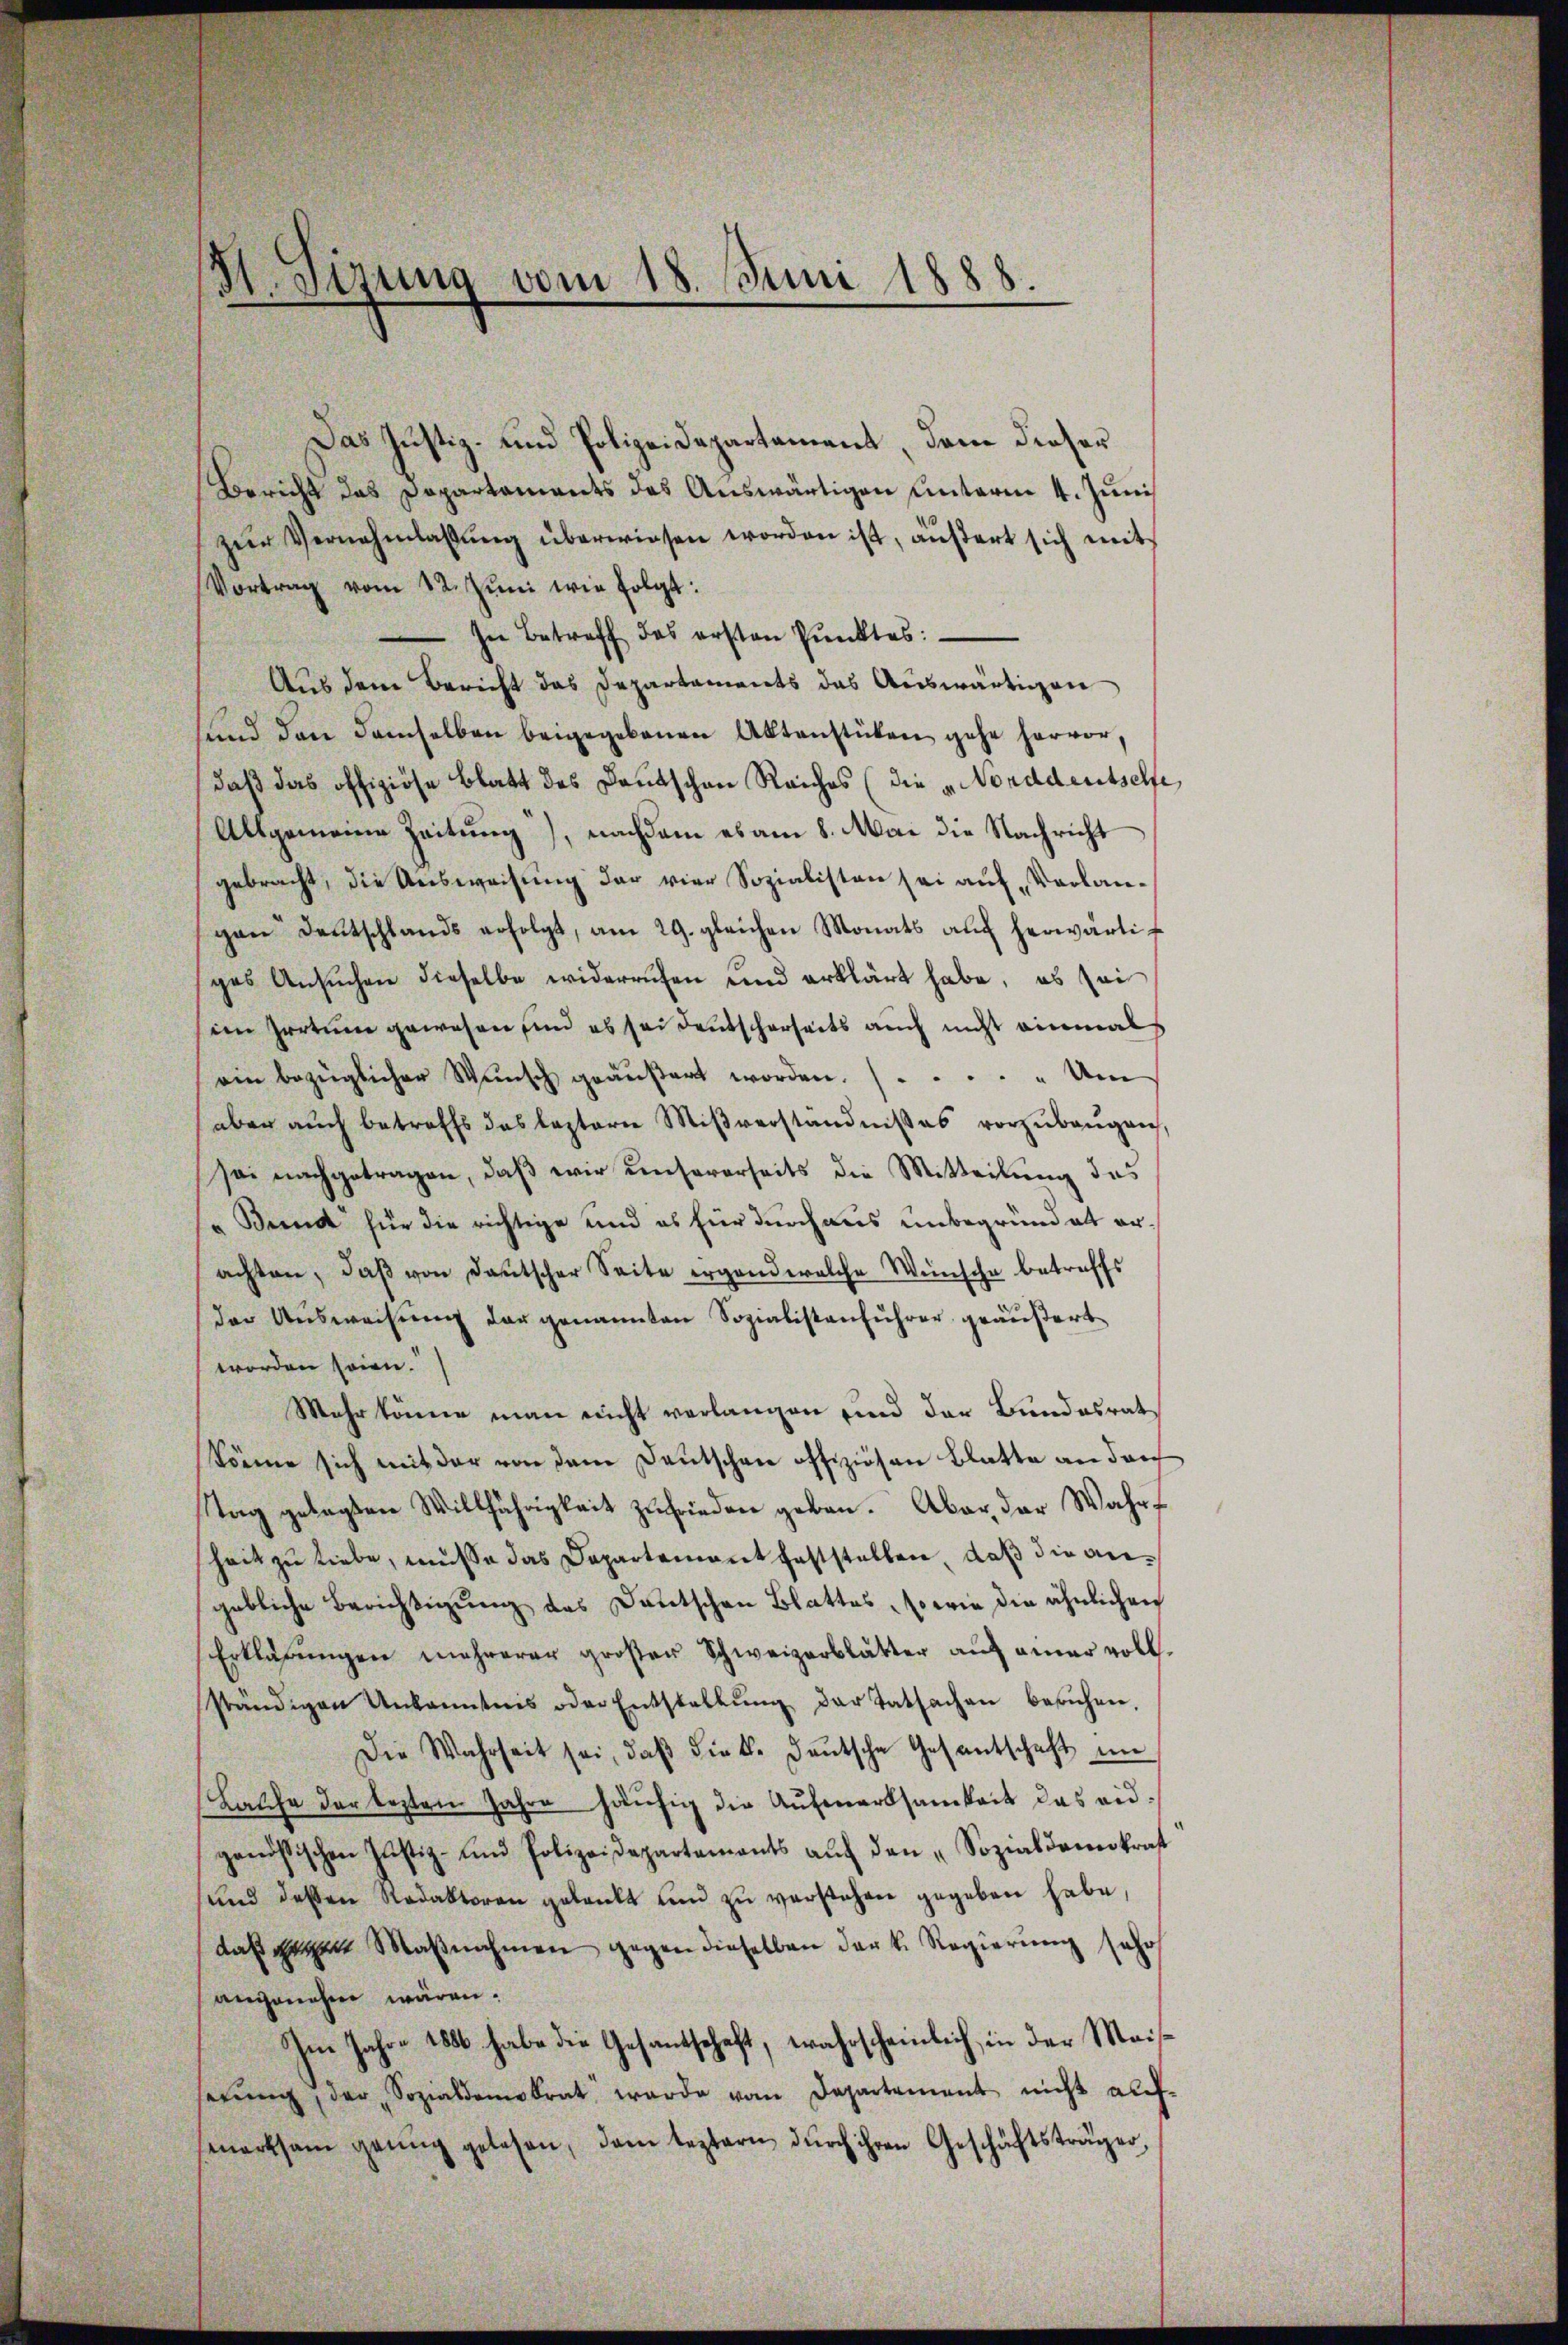
St.sizung vom 18. Juni 1888.

Das Justiz- und Polizeidepartement, dem dieser
Bericht das Departaments des Auswärtigen unterm 4. Juni
zŭr Vernehmlassŭng überwiesen worden ist, äußert sich mit
Vortrag vom 12. Juni wie folgt:
 In Betreff das ersten Punktes:
Aus dem Bericht das Departaments das Auswärtigen
sund den demselben beigegebenen Aktenstücken gehe hervor,
daß das offiziöse Blatt des Deutschen Reiches (die vorddeutsche,
Allgemeine Zeitung), nachdem es am 8. Mai die Nachricht
gebracht, die Ausweisung der vier Sozialisten sei auf Vorlangen Deutschlands erfolgt, am 29. gleichen Monats auch herwärtif
ges Ansŭchen dieselbe widerrufen und erklärt habe, es sei
im Irrtum gewesen sind es sei deutscherseits auch nicht einmal
ein bezüglicher Wŭnsch geäŭβert worden. ..... Um
aber aŭch betreffs das leztere Miβverständnißes vorzŭbeŭgen,
sei nachgetragen, daß wir unsererseits die Mitteilung des
" Bund für die richtige und es für durchaus unbegründet erachten, daβ von deutscher Seite ergand welche Wünsche betreffs
der Ausweisung der genannten Sozialistenfuhrer geäußert
worden seien.
Mehr könne man nicht verlangen sind der Bundesrat
könne sich mit der von dem Deutschen offiziösen Blatte an den
Tag gelegten Willjährigkeit zufrieden geben. Aber der Wahrf
heit zu liebe, müsse das Departement feststellen, daß die angebliche Berichtigung des Deutschen Blattes, so wie die ähnlichen
Erklärŭngen mehrerer großer Schweizerblätter auf einer vollständigen Unkanntnis oder Entstellŭng der Tatsachen besichen,
Die Wahrheit sei, daβ die k. deutsche Gesantschaft im
Lasche der lezten Jahre häufig die Aufmerksamkeit das eidgenössischen Justiz- und Polizeidepartements aŭf den „Sozialdemokrat
sund dessen Redaktoren gelenkt ŭm zŭ verstehen gegeben habe,
daß dem Maβnahmen gegen dieselben der k. Regierŭng sehr
angenehm wären.
Im Jahre 1886 habe die Gesantschaft, wahrscheinlich, in der Meisserŭng, der Sozialdemokrat werde vom Departement nicht aŭf-
merksam genug gelesen, dem leztern durch ihren Geschäftsträger,